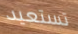
تستعيد